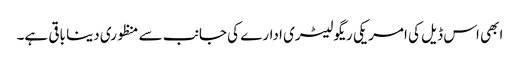
ابھی اس ڈیل کی امریکی ریگولیٹری ادارے کی جانب سے منظوری دینا باقی ہے۔